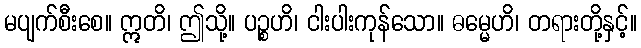
မပျက်စီးစေ။ ဣတိ၊ ဤသို့။ ပဉ္စဟိ၊ ငါးပါးကုန်သော။ ဓမ္မေဟိ၊ တရားတို့နှင့်။